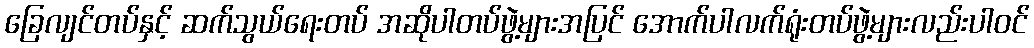
ခြေလျင်တပ်နှင့် ဆက်သွယ်ရေးတပ် အဆိုပါတပ်ဖွဲ့များအပြင် အောက်ပါလက်ရုံးတပ်ဖွဲ့များလည်းပါဝင်